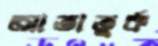
আতাতুর্ক